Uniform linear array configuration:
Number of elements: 24
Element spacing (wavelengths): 0.5
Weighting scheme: kaiser
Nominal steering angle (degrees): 60
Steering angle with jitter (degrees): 61.595
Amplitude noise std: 0.05
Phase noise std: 0.05

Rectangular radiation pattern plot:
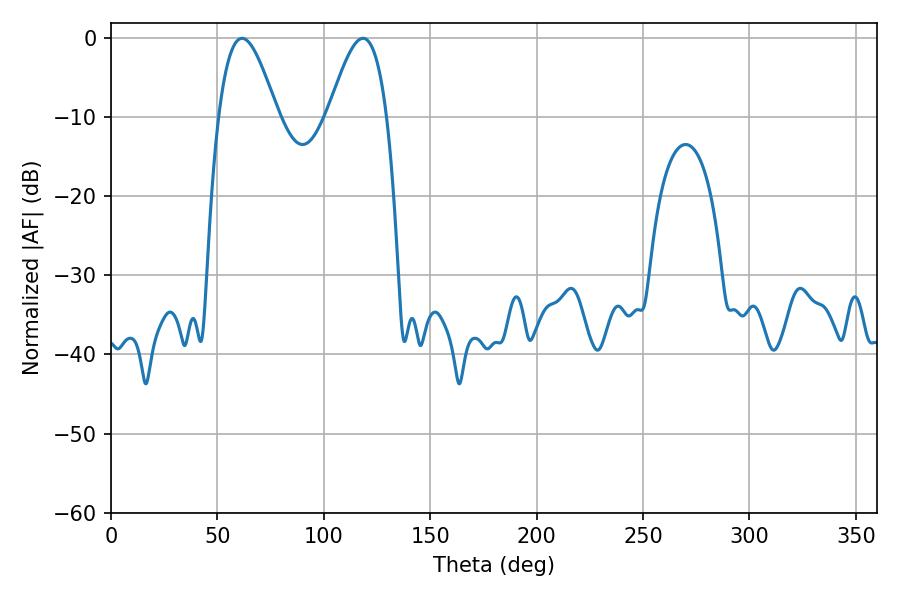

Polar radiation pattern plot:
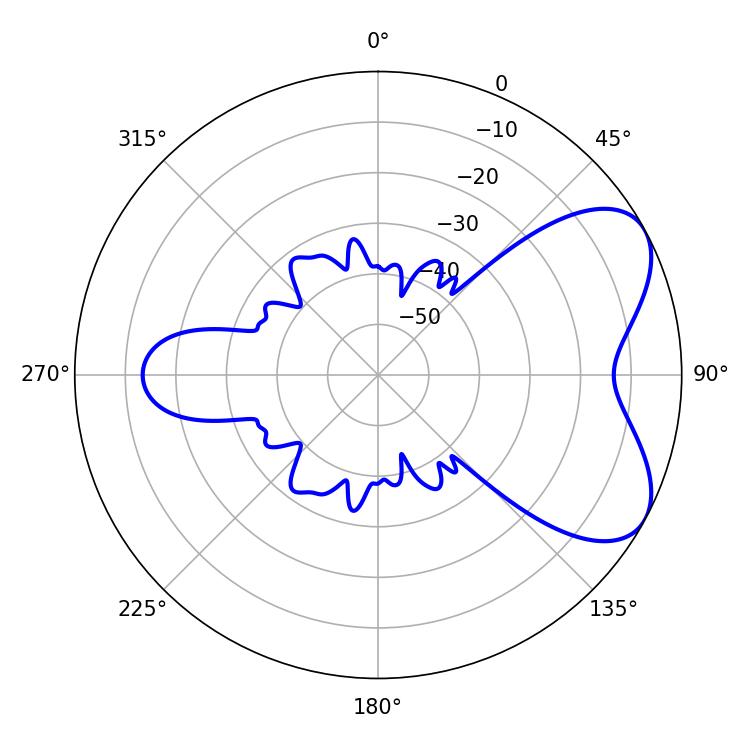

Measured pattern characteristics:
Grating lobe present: FALSE
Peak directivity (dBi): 5.983
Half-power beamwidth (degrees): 14.76
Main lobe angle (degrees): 61.56